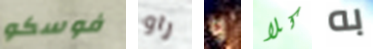
فوسكو راو و كلا به